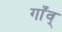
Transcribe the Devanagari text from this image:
गाँव्